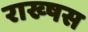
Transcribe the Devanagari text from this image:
राख्षस